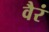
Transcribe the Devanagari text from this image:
वैरं